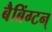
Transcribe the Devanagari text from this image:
बैबिंग्टन्